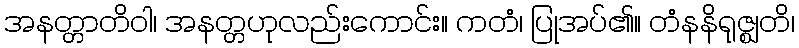
အနတ္တာတိဝါ၊ အနတ္တဟုလည်းကောင်း။ ကတံ၊ ပြုအပ်၏။ တံနနိရုဇ္ဈတိ၊